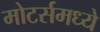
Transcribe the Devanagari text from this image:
मोटर्समध्ये